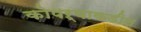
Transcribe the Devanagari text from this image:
कोपऱ्याकडील